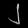
Digit: ၂